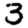
Digit: 3